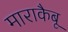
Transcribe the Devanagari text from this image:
माराकैबू